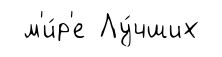
м'и́р'е Лу́чших